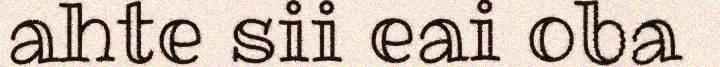
ahte sii eai oba